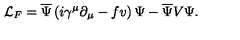
\mathcal { L } _ { F } = \overline { { \Psi } } \left( i \gamma ^ { \mu } \partial _ { \mu } - f v \right) \Psi - \overline { { \Psi } } V \Psi .